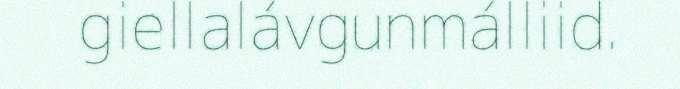
giellalávgunmálliid.